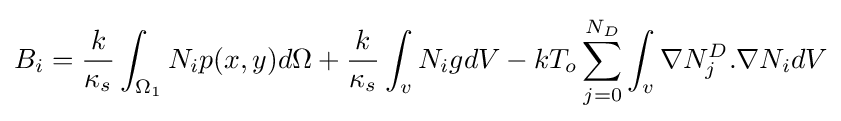
B_{i}={\frac {k}{\kappa _{s}}}\int _{\Omega _{1}}N_{i}p(x,y)d\Omega +{\frac {k}{\kappa _{s}}}\int _{v}N_{i}gdV-kT_{o}\sum _{j=0}^{N_{D}}\int _{v}\nabla N_{j}^{D}.\nabla N_{i}dV